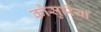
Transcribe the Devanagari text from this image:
कौसुरिया